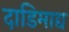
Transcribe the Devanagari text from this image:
दाडिमाद्य